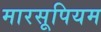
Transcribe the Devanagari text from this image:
मारसूपियम